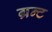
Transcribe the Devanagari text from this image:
ग्रन्ट